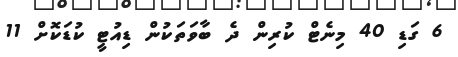
6 ގަޑި 40 މިނެޓް ކުރިން ދެ ބާވަތަކުން ޑިއުޓީ ކުޑަކޮށް 11